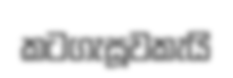
කටගැසූවකැයි